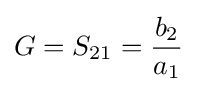
G=S_{21}={\frac {b_{2}}{a_{1}}}